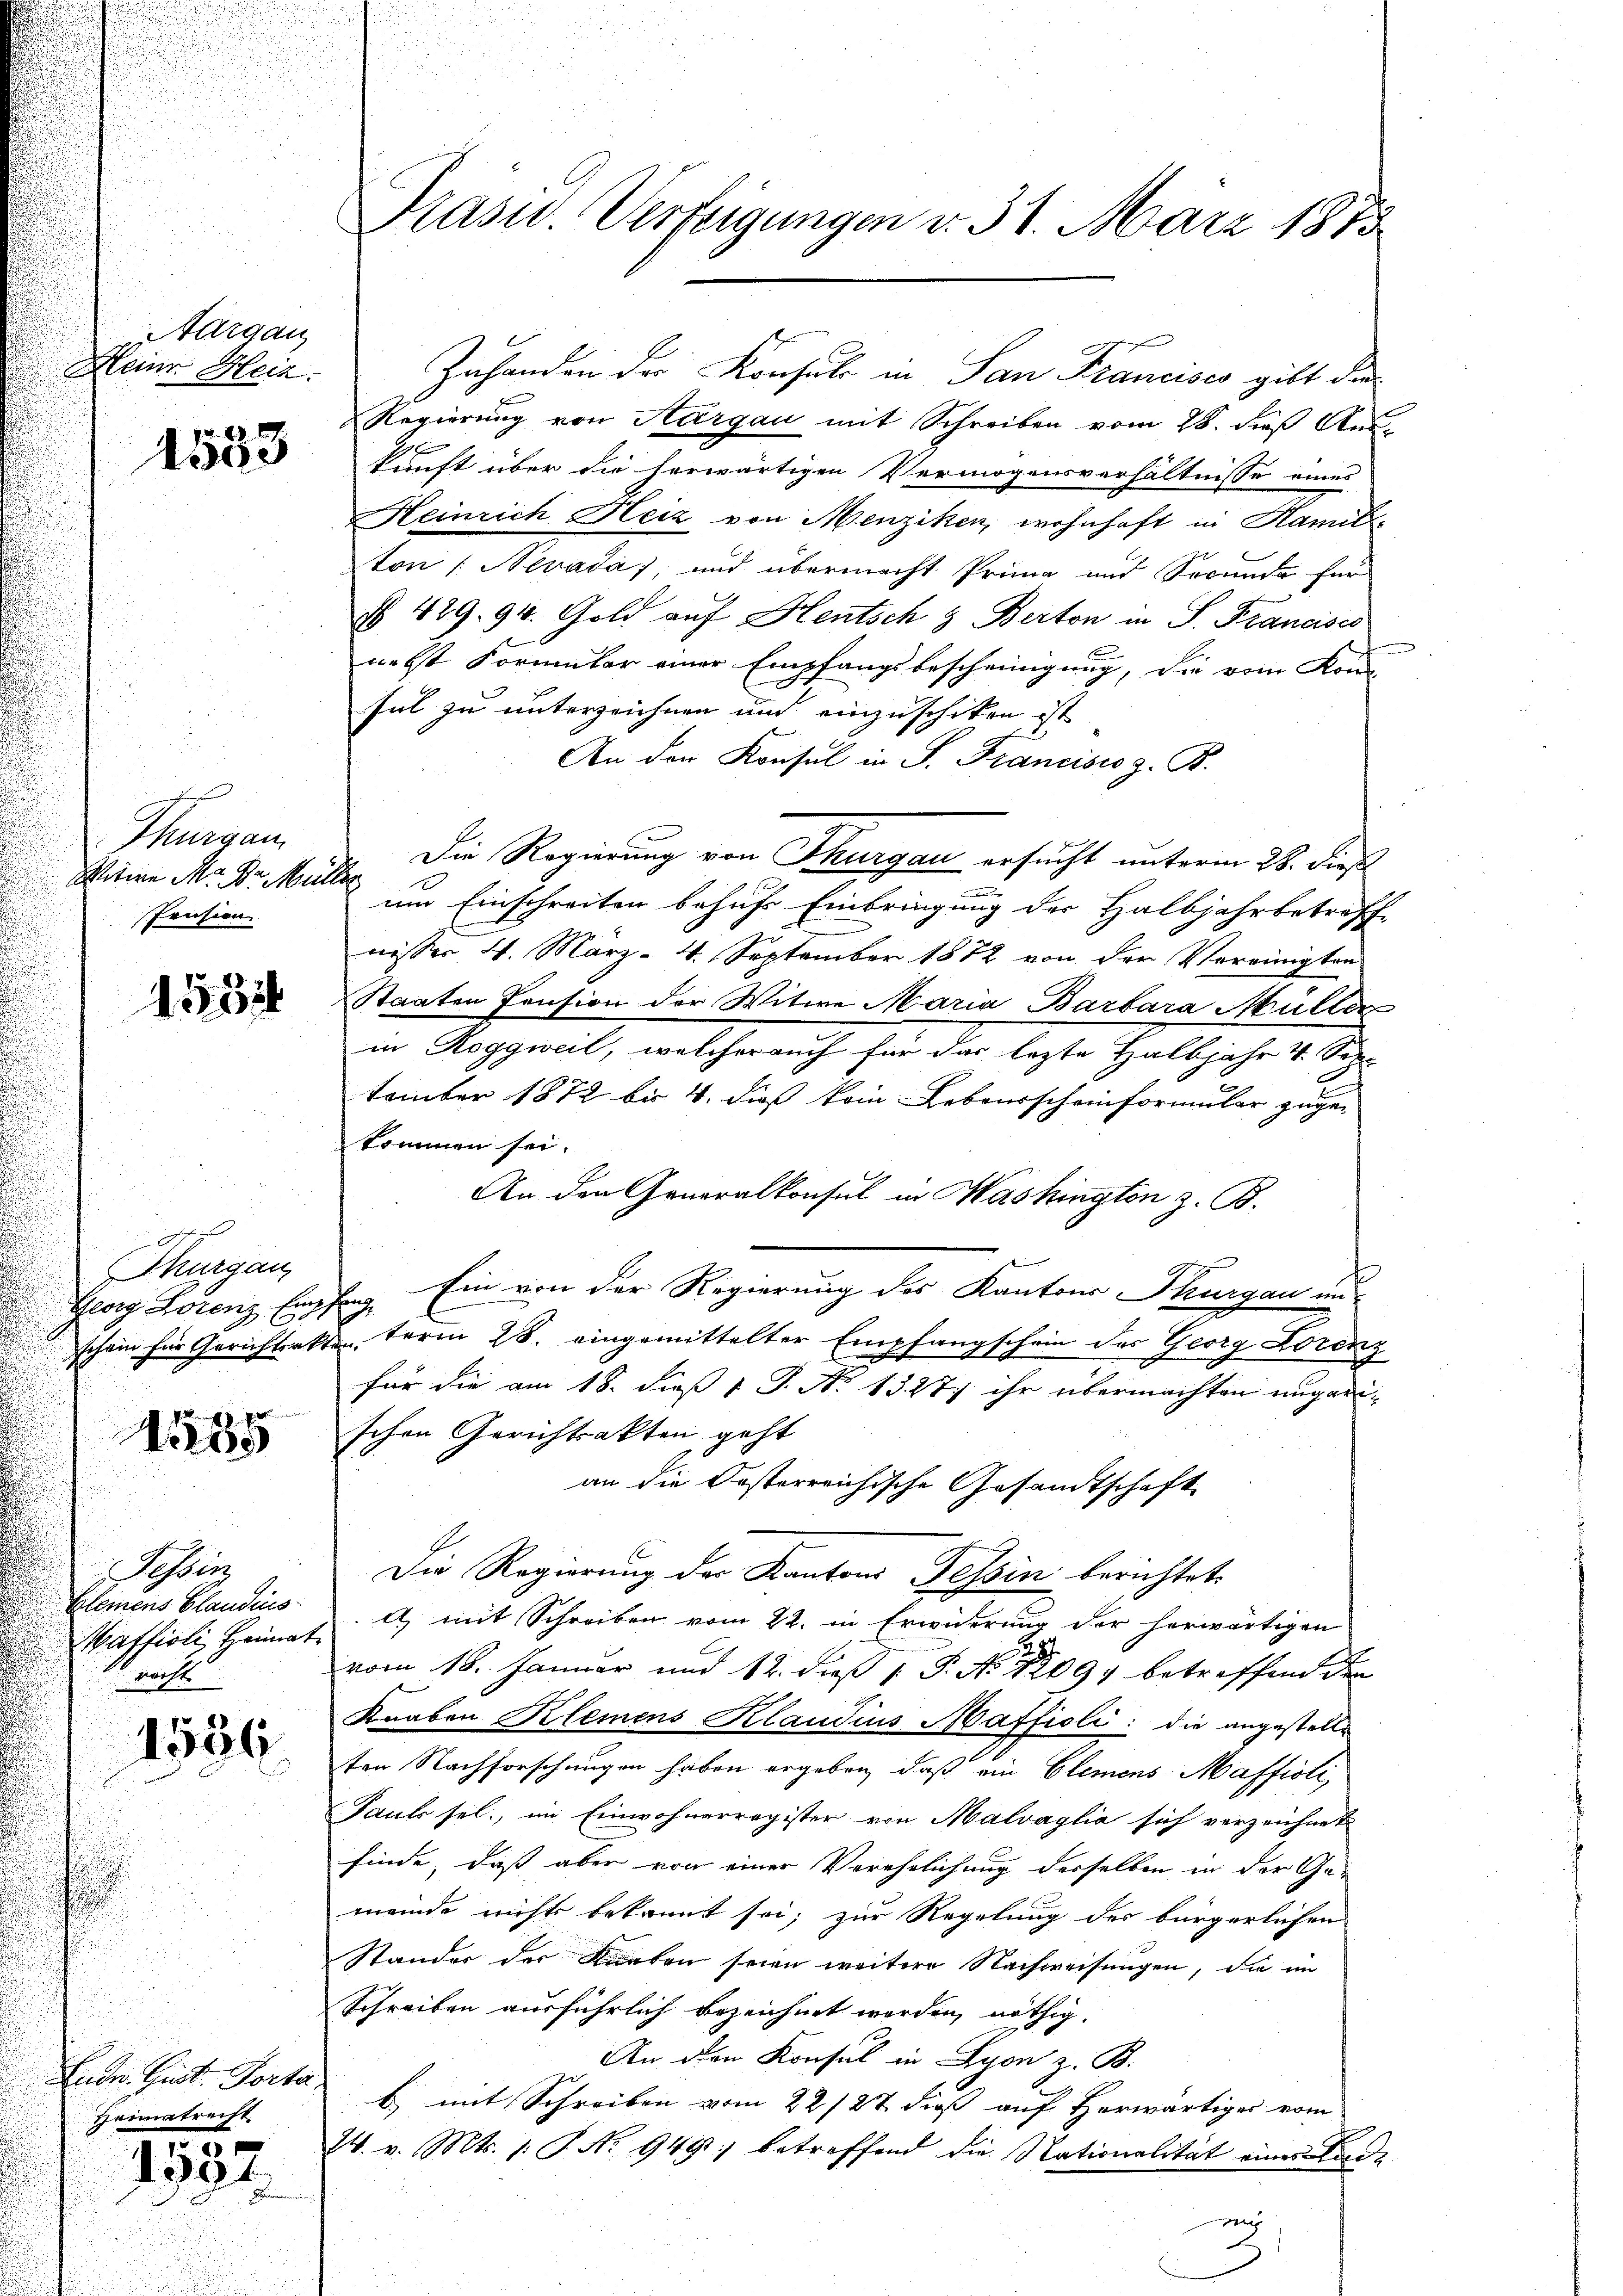
Aargau
Kleine Heiz.

1533

Thurgau.
Stern M. Dr. Müller
Prusion

1531

hurgau

215

Tessin
Elemens Blaudis
Maffioli Heimat
 nicht

1536

Lude. Gust. Porta,
Heimatrecht.

5
1591

Präsid. Verfügungen d. 31. März 1873

Regierung von Aargau mit Schreiben vom 28. dieß Aus-
kunft über die herwärtigen Vermögensverhältnisse eines
Heinrich Heiz von Menziken, wohnhaft in Hamill
ton (Nevada) und übermacht Prima und Secunda für
§ 429. 94. Gold auf Heutsch & Berton in P. Francises
nebst Formular einer Empfangsbescheinigung, die vom Kon-
sul zu unterzeichnen und einzuschiken ist
An der Konsul in P. Francisco z. B.
Die Regierung von Thurgau ersucht unterm 28. dieß
um Einschreiten behufs Einbringung der Halbjahrbetreffe
nisser 4. März - 4. September 1872 von der Vereinigten
Staaten Pension der Witwe Maria Barbara Müller
in Roggweil, welcher auch für das lezte Halbjahr 4. Sep.
tember 1872 bis 4. dieß kein Lebensscheinformular zuge-
kommen sei.
An den Generalkonsul in Washington z. B.
Georg Lorenz Empfang. Ein von der Regierung des Kantons Thurgau un
schon für Gerichterkten term 28. eingemittelter Empfangschein des Georg Lorenz
für die am 18. dieß 1 S. No 1327) ihr übermachten ungarischen Gerichtsakten geht
an die Oesterreichische Gesandtschaft
Die Regierung der Kantons Tessin berichtet,
) mit Schreiben vom 22. in Erwiderung der herwärtigen
vom 18. Januar und 12. dieß P. No. 12097 betreffend den
Knaben Klemens Klaudius Maffioli: die angestelle
ten Nachforschungen haben ergeben, daß ein Elemens-Maffioli,
Pauls sel., im Einwohnerregister von Malvaglia sich verzeichnet
finde, daß aber von einer Verehelichung derselben in der Gemeinde nichts bekannt sei; zur Regelung des bürgerlichen
Stander der Karben seien weitere Nachweisungen, die im
Schreiben ausführlich bezeichnet werden, nöthig.
An den Konsul in Lyon z. B.
b) mit Schreiben vom 22/27. dieß auf Herwärtiges vom
24. v. Mts. 1. P. Nr. 949 betreffend die Nationalität einer Lande
nich

Zuhanden der Konsul in San Francises gibt die